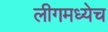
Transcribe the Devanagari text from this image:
लीगमध्येच